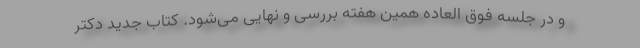
و در جلسه فوق العاده همین هفته بررسی و نهایی می‌شود. کتاب جدید دکتر